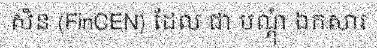
សិន (FinCEN) ដែល ជា បណ្តុំ ឯកសារ